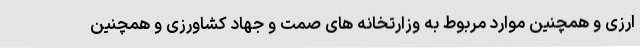
ارزی و همچنین موارد مربوط به وزارتخانه های صمت و جهاد کشاورزی و همچنین